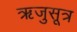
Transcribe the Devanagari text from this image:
ऋजुसूत्र